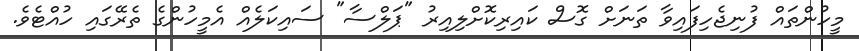
މީހުންތައް ފުނިޖެހިފައިވާ ތަނަށް ގޮސް ކައިރިކޮށްލިއިރު "ޕަލްސާ" ސައިކަލެއް އެމީހުންގެ ތެރޭގައި ހުއްޓެވެ.